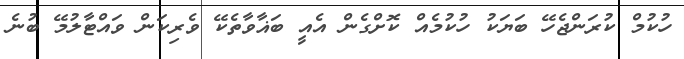
ހުކުމް ކުރަންޖެހޭ ބަޔަކު ހުކުމެއް ކޮށްގެން އެއީ ބަޣާވާތެކޭ ވެރިކަން ވައްޓާލުމޭ ބުނެ